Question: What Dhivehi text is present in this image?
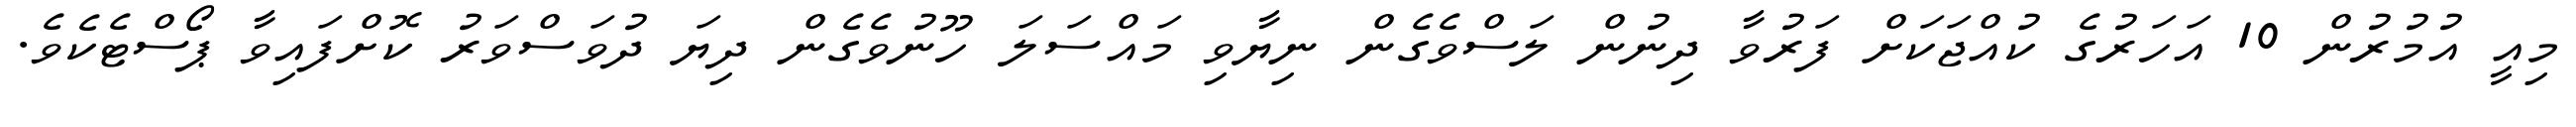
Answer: މިއީ އުމުރުން 10 އަހަރުގެ ކުއްޖަކަށް ފަރުވާ ދިނުން ލަސްވެގެން ނިޔާވި މައްސަލަ ހޫނުވެގެން ދިޔަ ދުވަސްވަރު ކޮށްފައިވާ ޕޯސްޓެކެވެ.